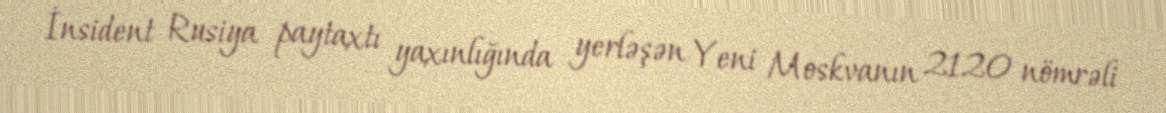
İnsident Rusiya paytaxtı yaxınlığında yerləşən Yeni Moskvanın 2120 nömrəli